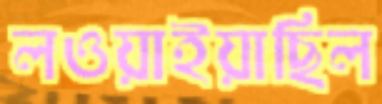
লওয়াইয়াছিল